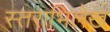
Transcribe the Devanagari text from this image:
स्तराभिलेख